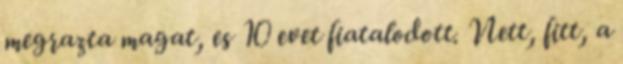
megrazta magat, es 10 evet fiatalodott. Nett, fitt, a